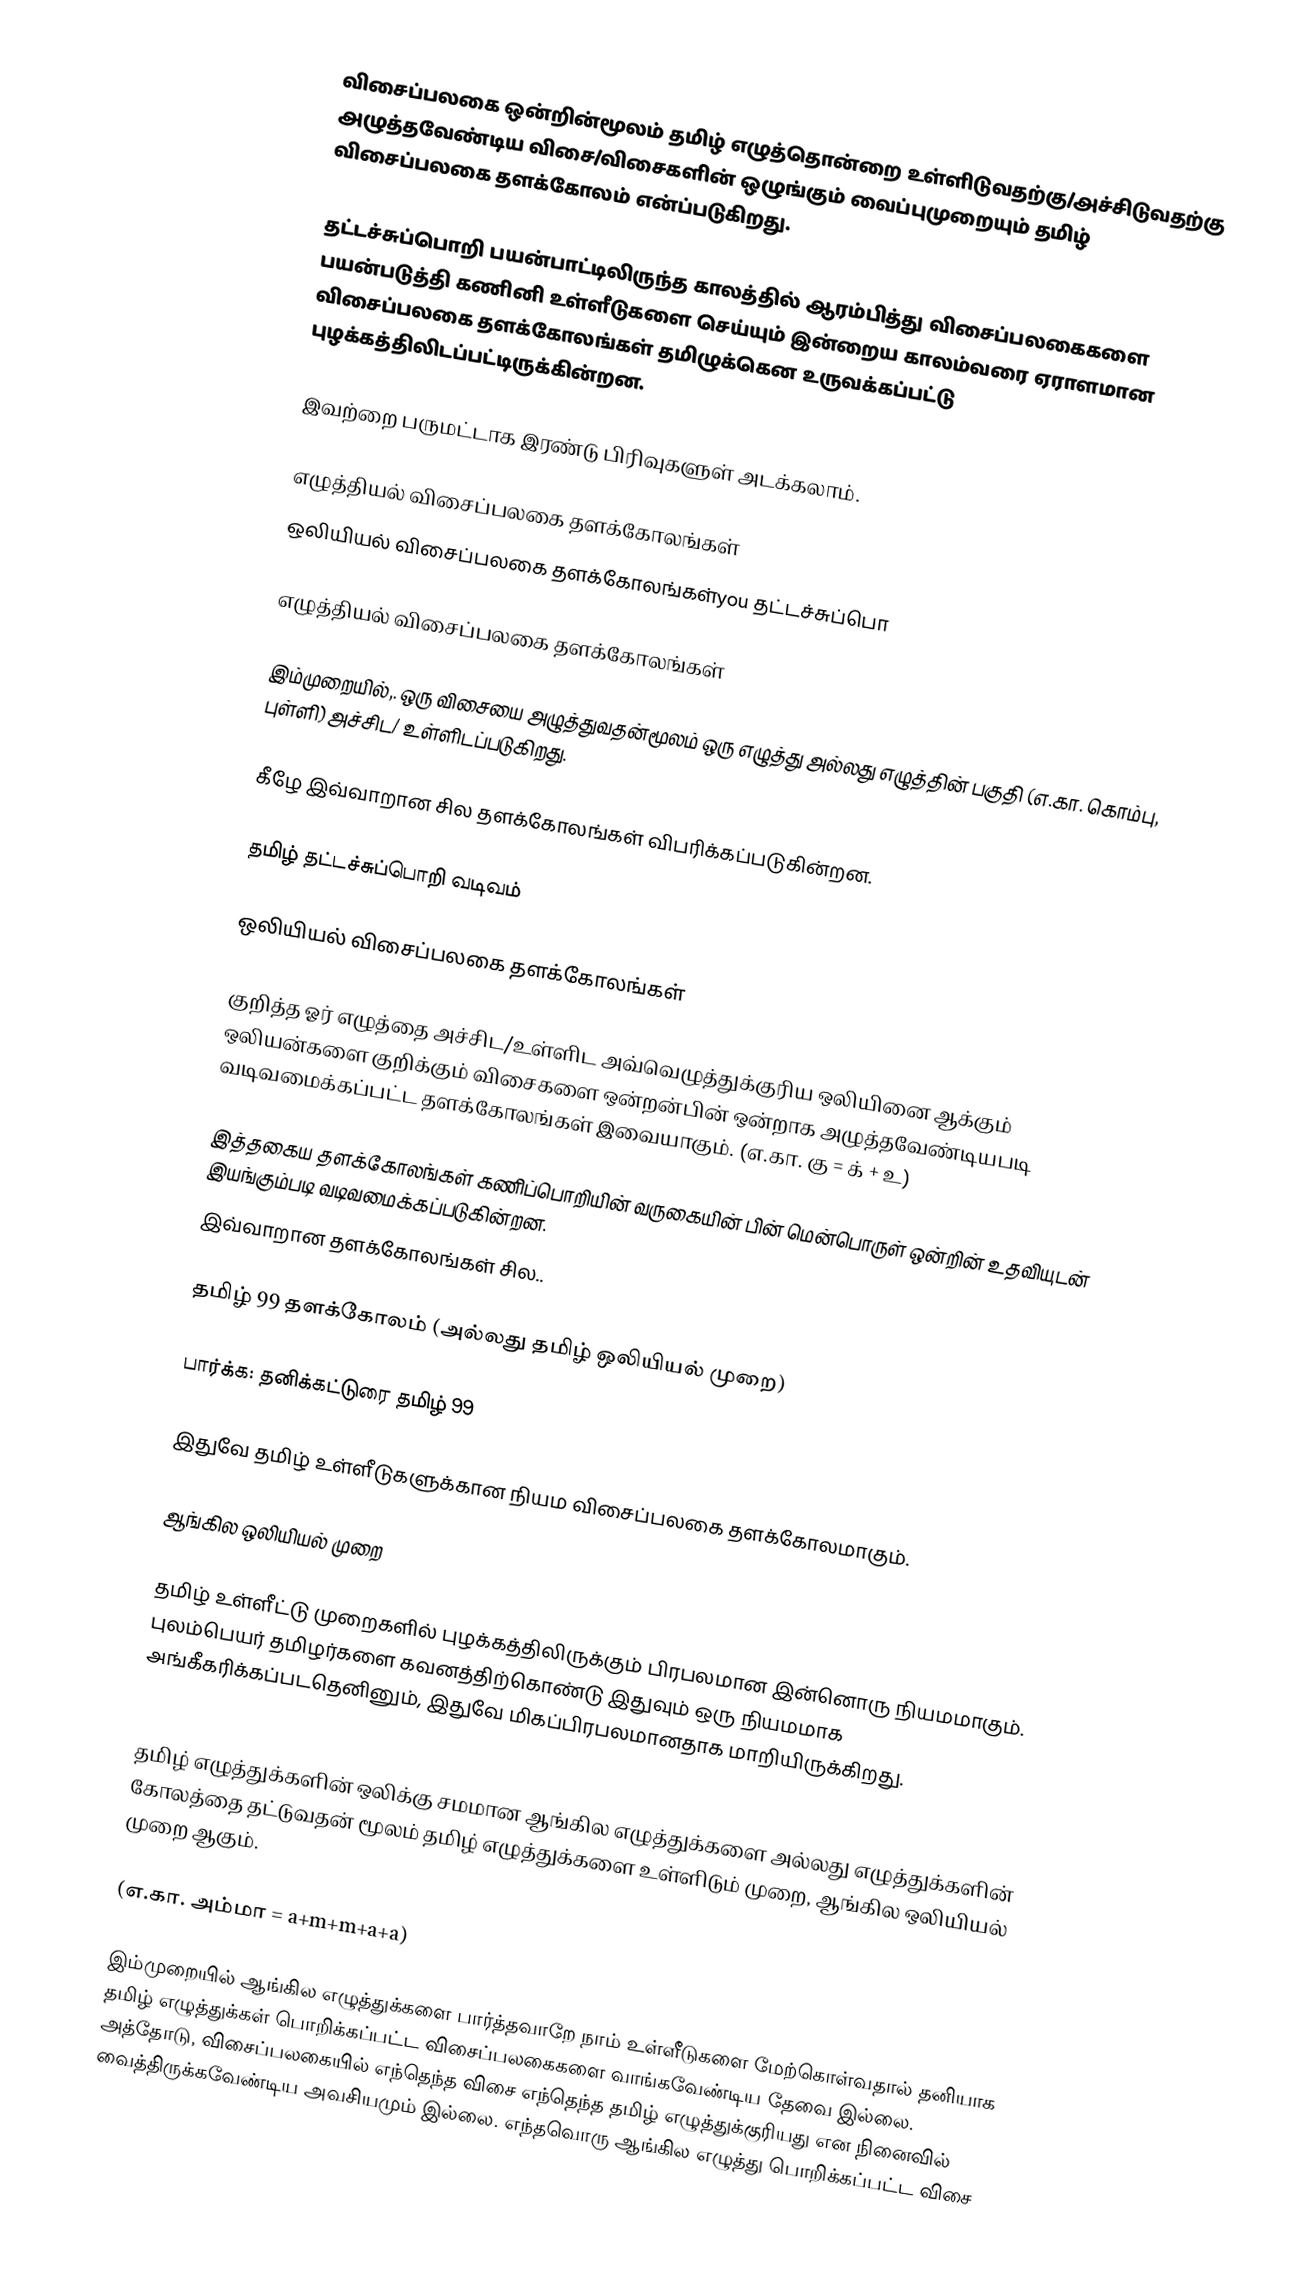
விசைப்பலகை ஒன்றின்மூலம் தமிழ் எழுத்தொன்றை உள்ளிடுவதற்கு/அச்சிடுவதற்கு அழுத்தவேண்டிய விசை/விசைகளின் ஒழுங்கும் வைப்புமுறையும் தமிழ் விசைப்பலகை தளக்கோலம் என்ப்படுகிறது.

தட்டச்சுப்பொறி பயன்பாட்டிலிருந்த காலத்தில் ஆரம்பித்து விசைப்பலகைகளை பயன்படுத்தி கணினி உள்ளீடுகளை செய்யும் இன்றைய காலம்வரை ஏராளமான விசைப்பலகை தளக்கோலங்கள் தமிழுக்கென உருவக்கப்பட்டு புழக்கத்திலிடப்பட்டிருக்கின்றன.

இவற்றை பருமட்டாக இரண்டு பிரிவுகளுள் அடக்கலாம்.

 எழுத்தியல் விசைப்பலகை தளக்கோலங்கள்
 ஒலியியல் விசைப்பலகை தளக்கோலங்கள்you தட்டச்சுப்பொ

எழுத்தியல் விசைப்பலகை தளக்கோலங்கள்

இம்முறையில்,. ஒரு விசையை அழுத்துவதன்மூலம் ஒரு எழுத்து அல்லது எழுத்தின் பகுதி (எ.கா. கொம்பு, புள்ளி) அச்சிட/ உள்ளிடப்படுகிறது.

கீழே இவ்வாறான சில தளக்கோலங்கள் விபரிக்கப்படுகின்றன.

தமிழ் தட்டச்சுப்பொறி வடிவம்

ஒலியியல் விசைப்பலகை தளக்கோலங்கள்

குறித்த ஓர் எழுத்தை அச்சிட/உள்ளிட அவ்வெழுத்துக்குரிய ஒலியினை ஆக்கும் ஒலியன்களை குறிக்கும் விசைகளை ஒன்றன்பின் ஒன்றாக அழுத்தவேண்டியபடி வடிவமைக்கப்பட்ட தளக்கோலங்கள் இவையாகும்.  (எ.கா. கு = க் + உ)

இத்தகைய தளக்கோலங்கள் கணிப்பொறியின் வருகையின் பின் மென்பொருள் ஒன்றின் உதவியுடன் இயங்கும்படி வடிவமைக்கப்படுகின்றன.
இவ்வாறான தளக்கோலங்கள் சில..

தமிழ் 99 தளக்கோலம் (அல்லது தமிழ் ஒலியியல் முறை)

பார்க்க: தனிக்கட்டுரை தமிழ் 99

இதுவே தமிழ் உள்ளீடுகளுக்கான நியம விசைப்பலகை தளக்கோலமாகும்.

ஆங்கில ஒலியியல் முறை

தமிழ் உள்ளீட்டு முறைகளில் புழக்கத்திலிருக்கும் பிரபலமான இன்னொரு நியமமாகும். புலம்பெயர் தமிழர்களை கவனத்திற்கொண்டு இதுவும் ஒரு நியமமாக அங்கீகரிக்கப்படதெனினும், இதுவே மிகப்பிரபலமானதாக மாறியிருக்கிறது.

தமிழ் எழுத்துக்களின் ஒலிக்கு சமமான ஆங்கில எழுத்துக்களை அல்லது எழுத்துக்களின் கோலத்தை தட்டுவதன் மூலம் தமிழ் எழுத்துக்களை உள்ளிடும் முறை, ஆங்கில ஒலியியல் முறை ஆகும்.

(எ.கா. அம்மா = a+m+m+a+a)

இம்முறையில் ஆங்கில எழுத்துக்களை பார்த்தவாறே நாம் உள்ளீடுகளை மேற்கொள்வதால் தனியாக தமிழ் எழுத்துக்கள் பொறிக்கப்பட்ட விசைப்பலகைகளை வாங்கவேண்டிய தேவை இல்லை. அத்தோடு, விசைப்பலகையில் எந்தெந்த விசை எந்தெந்த தமிழ் எழுத்துக்குரியது என நினைவில் வைத்திருக்கவேண்டிய அவசியமும் இல்லை. எந்தவொரு ஆங்கில எழுத்து பொறிக்கப்பட்ட விசை